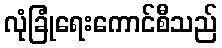
လုံခြုံရေးကောင်စီသည်